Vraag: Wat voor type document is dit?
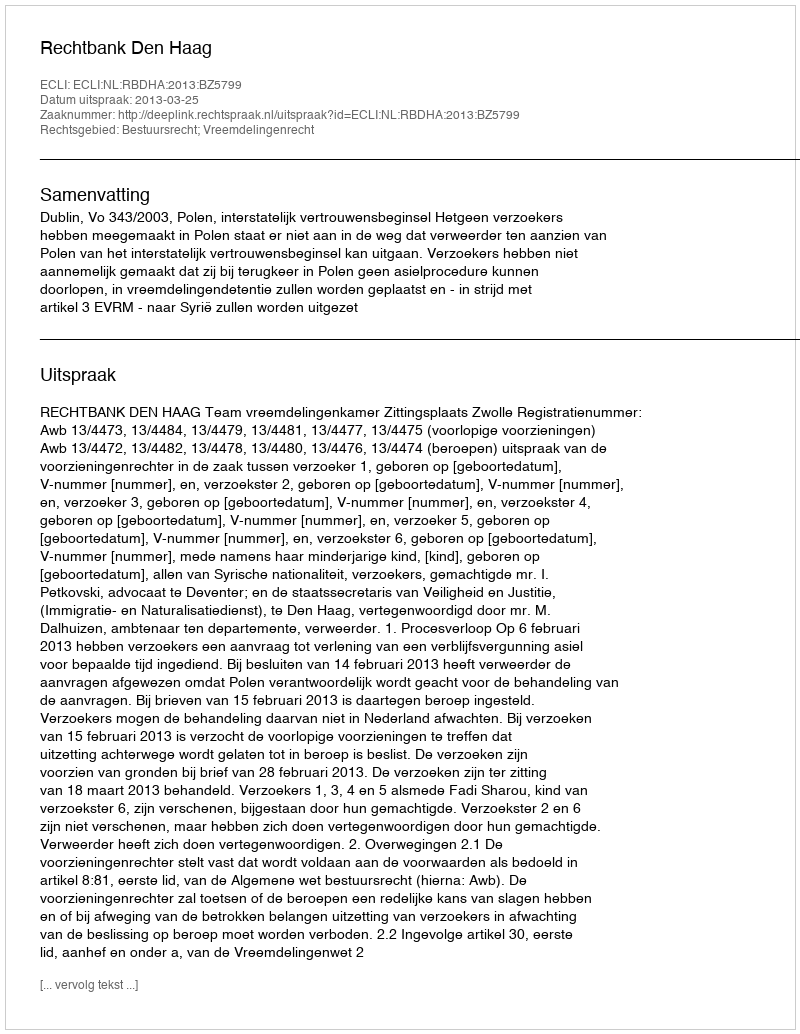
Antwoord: Uitspraak